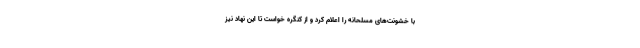
با خشونت‌های مسلحانه را اعلام کرد و از کنگره خواست تا این نهاد نیز